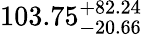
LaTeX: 103.75_{-20.66}^{+82.24}